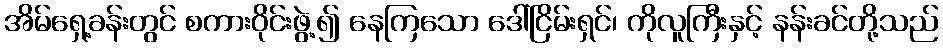
အိမ်ရှေ့ခန်းတွင် စကားဝိုင်းဖွဲ့၍ နေကြသော ဒေါ်ငြိမ်းရှင်၊ ကိုလူကြီးနှင့် နန်းခင်တို့သည်